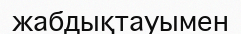
жабдықтауымен